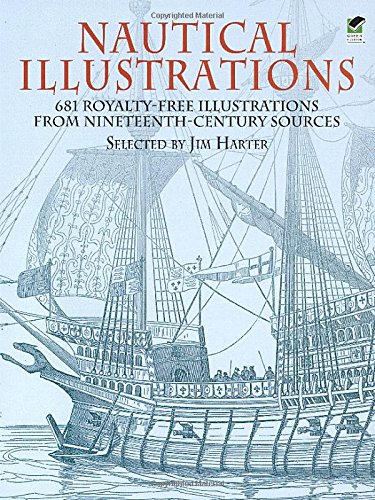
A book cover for Nautical Illustrations: 681 Royalty-Free Illustrations from Nineteenth-Century Sources (Dover Pictorial Archive); Arts & Photography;